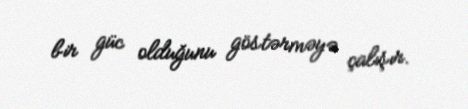
bir güc olduğunu göstərməyə çalışır.